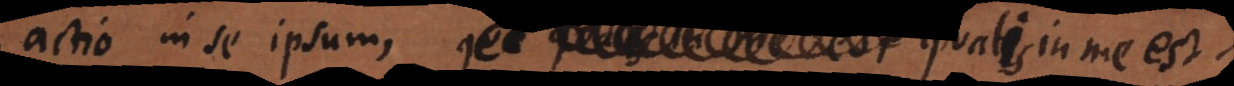
actio in se ipsum, qualis in me est.